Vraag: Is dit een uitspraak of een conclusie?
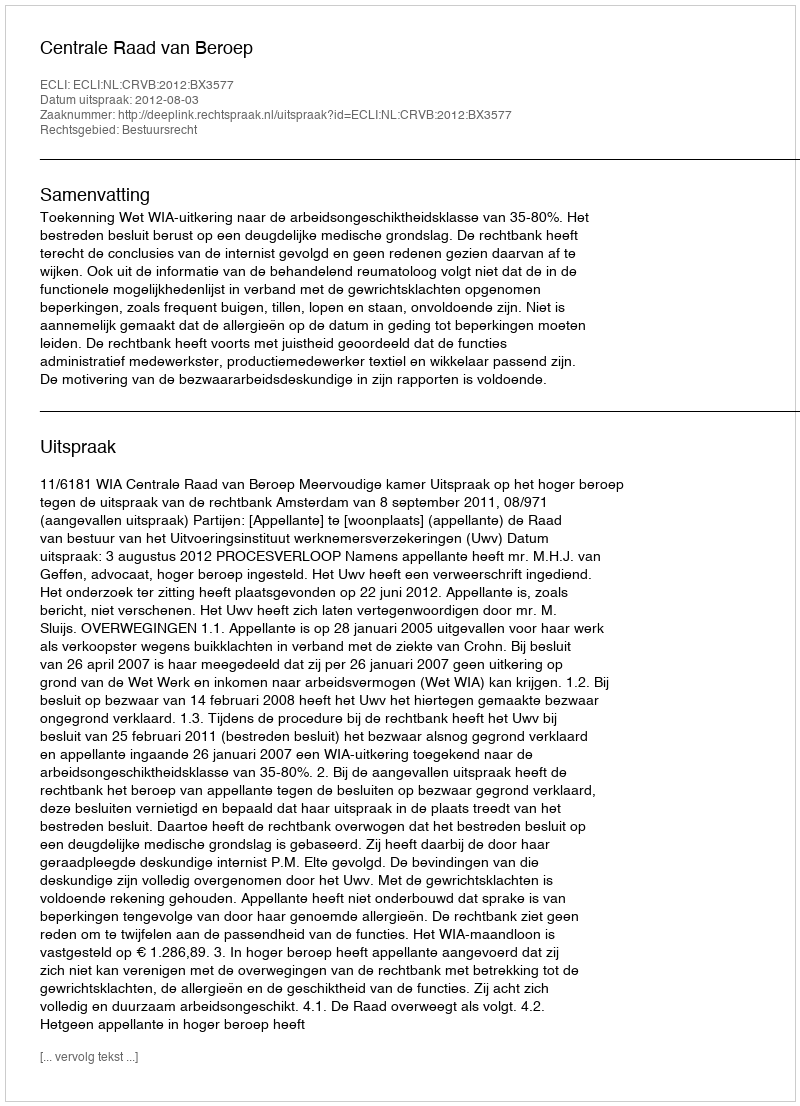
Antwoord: Uitspraak